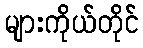
များကိုယ်တိုင်